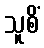
သူစိံ